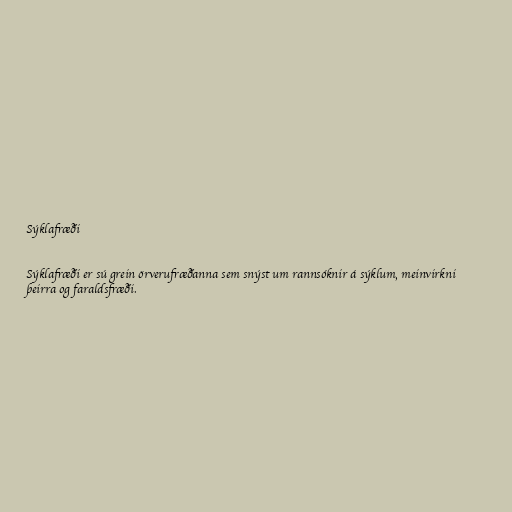
Sýklafræði

Sýklafræði er sú grein örverufræðanna sem snýst um rannsóknir á sýklum, meinvirkni
þeirra og faraldsfræði.